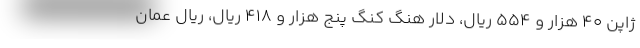
ژاپن ۴۰ هزار و ۵۵۴ ریال، دلار هنگ کنگ پنج هزار و ۴۱۸ ریال، ریال عمان